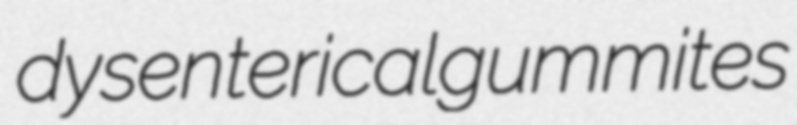
dysenterical gummites